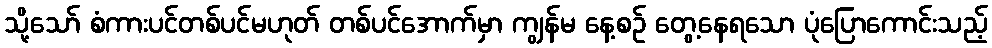
သို့သော် စံကားပင်တစ်ပင်မဟုတ် တစ်ပင်အောက်မှာ ကျွန်မ နေ့စဉ် တွေ့နေရသော ပုံပြောကောင်းသည့်